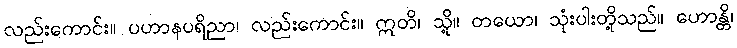
လည်းကောင်း။ ပဟာနပရိညာ၊ လည်းကောင်း။ ဣတိ၊ သို့။ တယော၊ သုံးပါးတို့သည်။ ဟောန္တိ၊